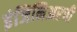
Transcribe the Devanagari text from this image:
इंजिनिअरची